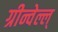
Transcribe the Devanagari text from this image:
ग्रीन्वेल्ल्